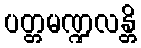
ပတ္တမဏ္ဍလန္တိ